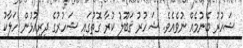
ޝަހުރު ބޭނުމެއް ނުވެއެވެ. ޝަހުރު ޤަބޫލު ކުރާ ގޮތުގައި ޝަހުރުގެ ދިރިއުޅުން ހަލާކު